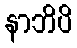
နာဘိပိ